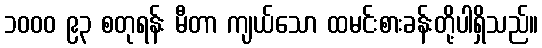
၁၀၀၀ ၉၃ စတုရန်း မီတာ ကျယ်သော ထမင်းစားခန်းတို့ပါရှိသည်။